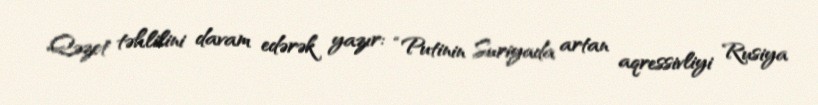
Qəzet təhlilini davam edərək yazır: “Putinin Suriyada artan aqressivliyi Rusiya